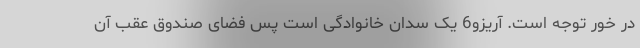
در خور توجه است. آریزو6 یک سدان خانوادگی است پس فضای صندوق عقب آن